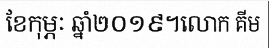
ខែកុម្ភៈ ឆ្នាំ២០១៩។លោក គីម